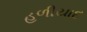
હળીયાદ